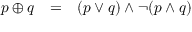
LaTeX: \begin{array} { l l l } { p \oplus q } & { = } & { ( p \lor q ) \land \lnot ( p \land q ) } \end{array}